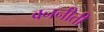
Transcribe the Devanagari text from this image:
वननीती